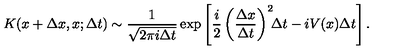
K ( x + \Delta x , x ; \Delta t ) \sim \frac { 1 } { \sqrt { 2 \pi i \Delta t } } \exp \left[ \frac { i } { 2 } \left( \frac { \Delta x } { \Delta t } \right) ^ { 2 } \! \! \Delta t - i V ( x ) \Delta t \right] .